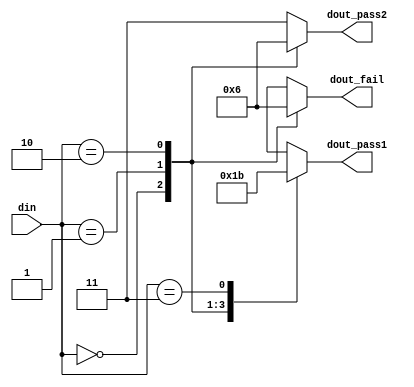
module aep_full (input [1:0] din,
                 output reg [1:0] dout_fail,
                 output reg [1:0] dout_pass1,
                 output reg [1:0] dout_pass2
                 );

   always @(din)
   case (din) //synopsys full_case
     0: dout_fail = 2'b00;
     1: dout_fail = 2'b01;
     2: dout_fail = 2'b10;
   endcase // case(in)

   always @(din)
   case (din) //synopsys full_case
     0: dout_pass1 = 2'b00;
     1: dout_pass1 = 2'b01;
     2: dout_pass1 = 2'b10;
     3: dout_pass1 = 2'b11;
   endcase // case(in)

   always @(din)
   case (din) //synopsys full_case
     0: dout_pass2 = 2'b00;
     1: dout_pass2 = 2'b01;
     2: dout_pass2 = 2'b10;
     default: dout_pass2 = 2'b11;
   endcase // case(in)
endmodule